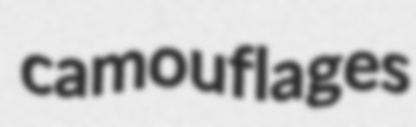
camouflages